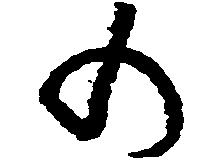
の